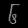
Digit: ၆